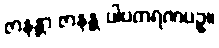
ဇာနန္တာ ဇာနန္တ ပါပကရဏပဥှ။